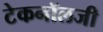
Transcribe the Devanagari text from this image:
टेकनॉलजी